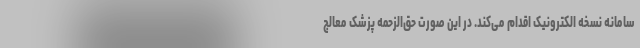
سامانه نسخه الکترونیک اقدام می‌کند. در این صورت حق‌الزحمه پزشک معالج